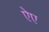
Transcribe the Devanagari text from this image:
ऐए